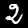
Label: 2